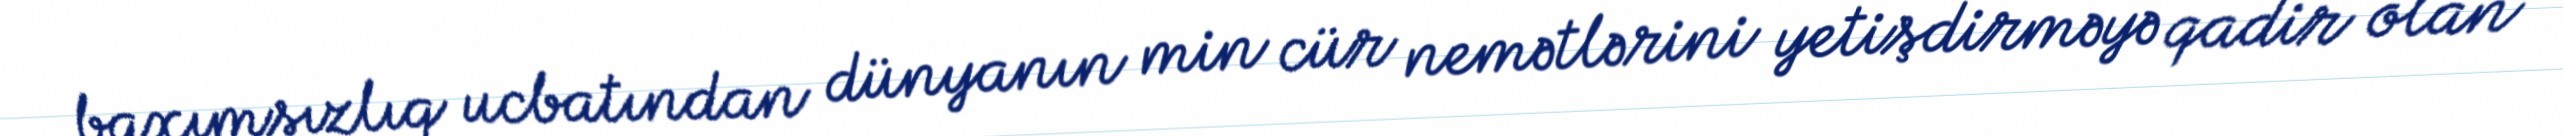
baxımsızlıq ucbatından dünyanın min cür nemətlərini yetişdirməyə qadir olan